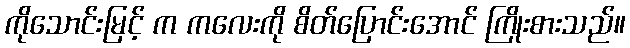
ကိုသောင်းမြင့် က ကလေးကို စိတ်ပြောင်းအောင် ကြိုးစားသည်။